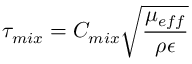
\tau _ { m i x } = C _ { m i x } \sqrt { \frac { \mu _ { e f f } } { \rho \epsilon } }